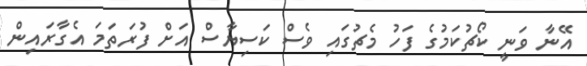
އޭނާ ވަނީ ކޯޗުކަމުގެ ފަހު މެޗުގައި ވެސް ކަސިޔާސް އަށް ފުރަތަމަ އެގާރައިން